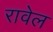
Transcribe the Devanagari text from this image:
रावेल